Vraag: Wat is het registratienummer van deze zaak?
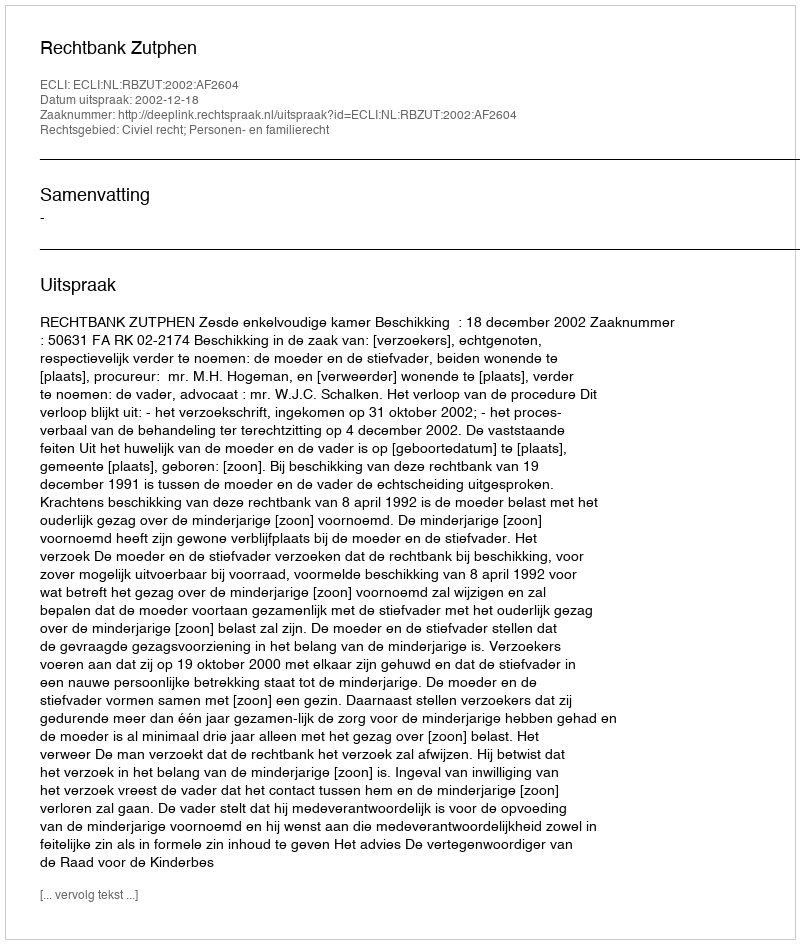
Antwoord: http://deeplink.rechtspraak.nl/uitspraak?id=ECLI:NL:RBZUT:2002:AF2604